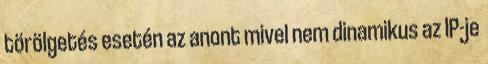
törölgetés esetén az anont mivel nem dinamikus az IP-je